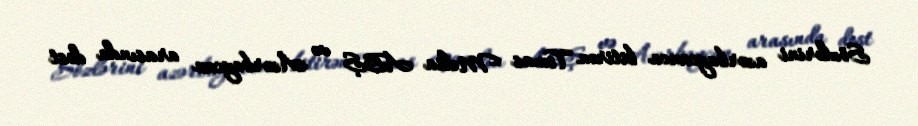
Sözlərini azərbaycanca bitirən Tomas Melia ABŞ və Azərbaycan arasında dost